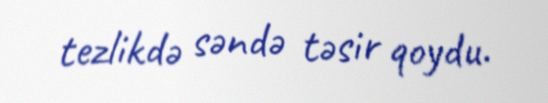
tezlikdə səndə təsir qoydu.